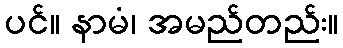
ပင်။ နာမံ၊ အမည်တည်း။